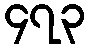
၄၇၃